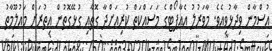
އުސްމާން ވިދާޅުވިއެވެ. މާވަރުލު އެއާޕޯޓްގެ މަސައްކަތް ކުރިއަށްދާ ގޮތާއި ގުޅޭގޮތުން އިތުރަށް މައުލޫމާތު